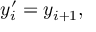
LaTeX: y _ { i } ^ { \prime } = y _ { i + 1 } ,